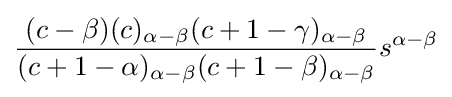
{\frac {(c-\beta )(c)_{\alpha -\beta }(c+1-\gamma )_{\alpha -\beta }}{(c+1-\alpha )_{\alpha -\beta }(c+1-\beta )_{\alpha -\beta }}}s^{\alpha -\beta }